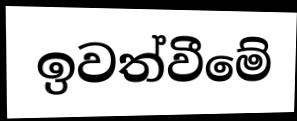
ඉවත්වීමේ